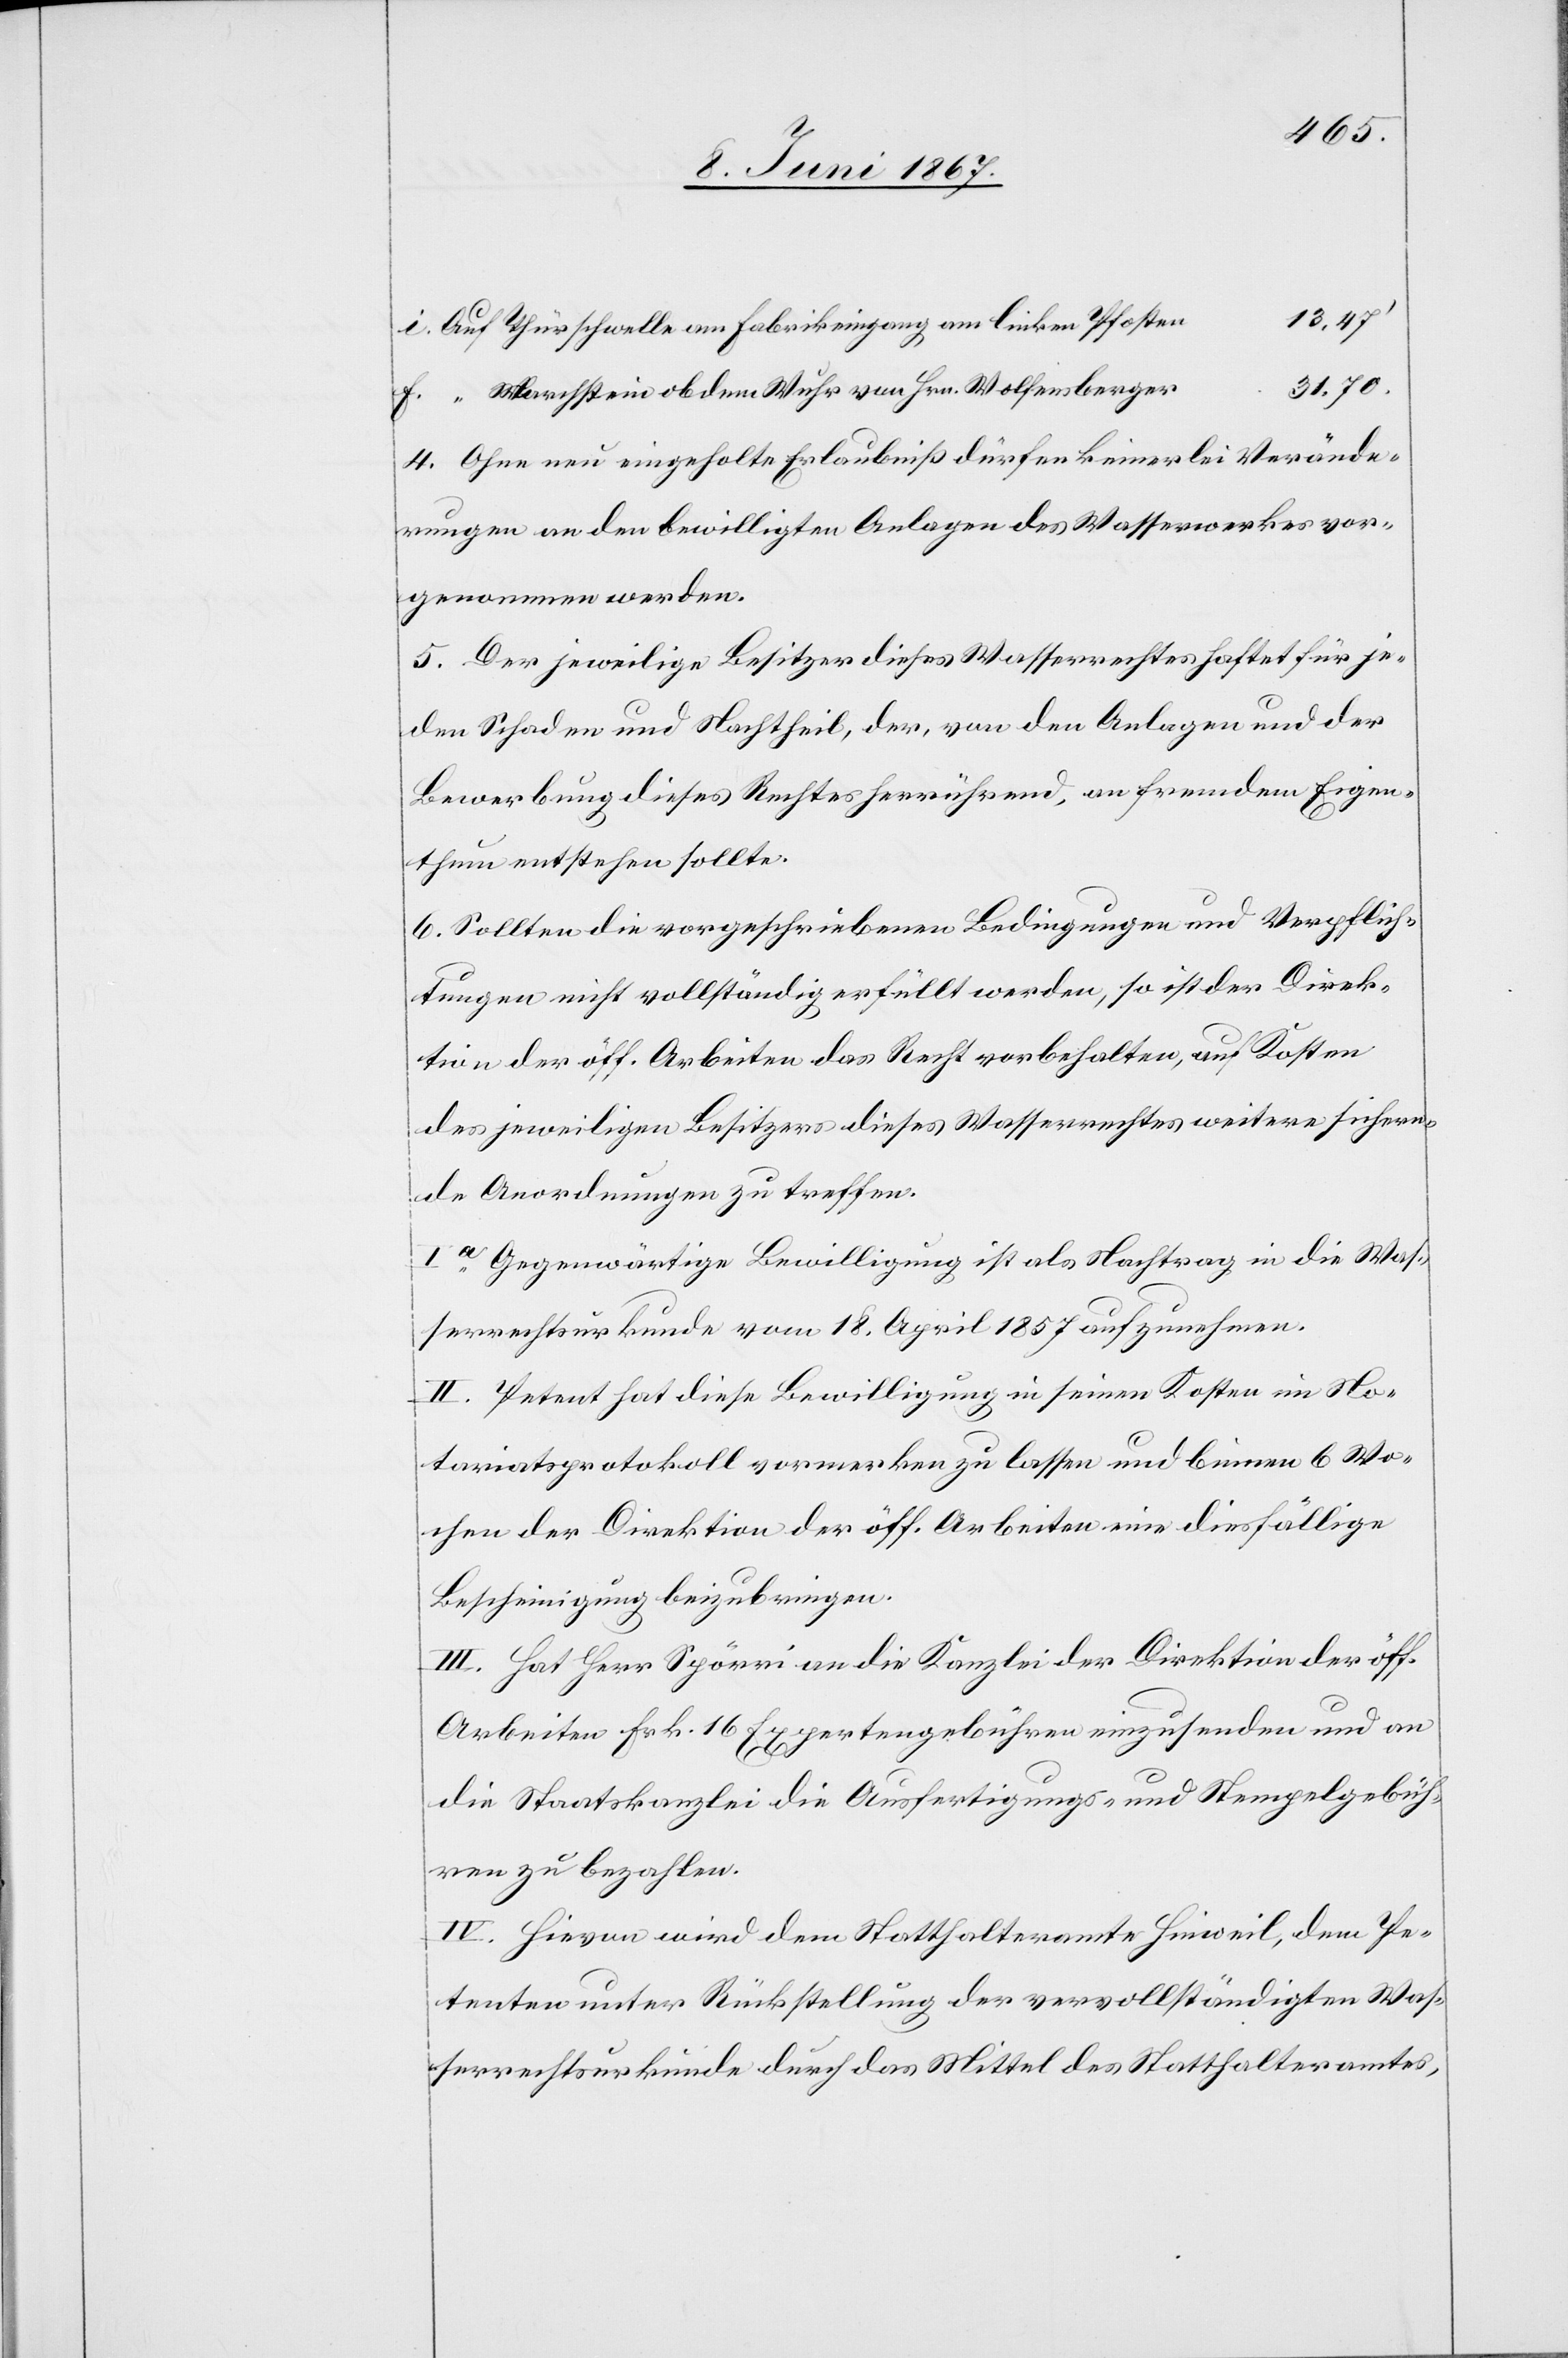
i. 	Auf Thürschwelle am Fabrikeingang am linken Pfoste¬
r		31, 70.
f.	 “ Marchstein ob dem Wuhr von Hrn. Wolfensberge¬
4. Ohne neu eingeholte Erlaubniß dürfen keinerlei Verände¬
rungen an den bewilligten Anlagen des Wasserwerkes vor¬
genommen werden.
5. Der jeweilige Besitzer dieses Wasserrechtes haftet für je¬
den Schaden und Nachtheil, der, von den Anlagen und der
Bewerbung dieses Rechtes herrührend, an fremdem Eigen¬
thum entstehen sollte.
6. Sollten die vorgeschriebenen Bedingungen und Verpflich¬
tungen nicht vollständig erfüllt werden, so ist der Direk¬
tion der öff. Arbeiten das Recht vorbehalten, auf Kosten
des jeweiligen Besitzers dieses Wasserrechtes weitere sichern¬
de Anordnungen zu treffen.
Ia. Gegenwärtige Bewilligung ist als Nachtrag in die Was¬
serrechtsurkunde vom 18. April 1857 aufzunehmen.
II. Petent hat diese Bewilligung in seinen Kosten im No¬
tariatsprotokoll vormerken zu lassen und binnen 6 Wo¬
chen der Direktion der öff. Arbeiten eine diesfällige
Bescheinigung beizubringen.
III. Hat Herr Spörri an die Kanzlei der Direktion der öff.
Arbeiten Frk. 16 Expertengebühren einzusenden und an
die Staatskanzlei die Ausfertigungs- und Stempelgebüh¬
ren zu bezahlen.
IV. Hievon wird dem Statthalteramt Hinweil, dem Pe¬
tenten unter Rückstellung der vervollständigten Was¬
serrechtsurkunde durch das Mittel de Statthalteramtes,